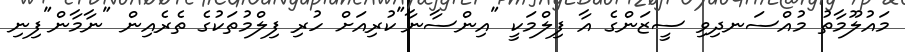
މައުލޫމާތު މުއްސަނދިވި ސީޒަންގެ އާ ފިލްމަކީ "އިންސާނާ"ކުރިއަށް ހުރި ފިލްމުތަކުގެ ތެރެއިން "ނާމާން"ފިނި